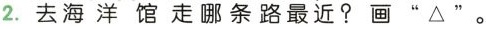
2. 去海洋馆走哪条路最近？画“△” 。